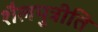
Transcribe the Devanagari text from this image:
शैलपुत्रीति